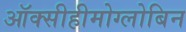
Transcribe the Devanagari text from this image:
ऑक्सीहीमोग्लोबिन